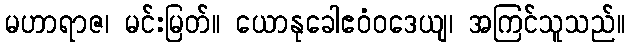
မဟာရာဇ၊ မင်းမြတ်။ ယောနုခေါဧဝံဝဒေယျ၊ အကြင်သူသည်။